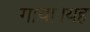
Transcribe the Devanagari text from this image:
गाया।यह